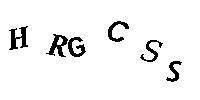
HRGCSS